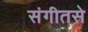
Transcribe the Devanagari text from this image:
संगीतसे